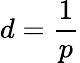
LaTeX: d=\frac{1}{p}